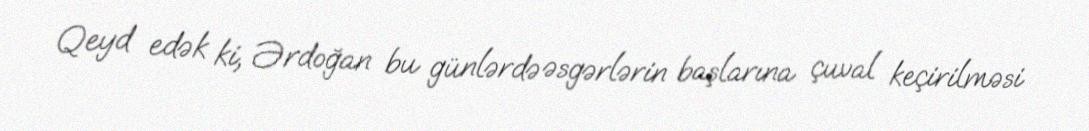
Qeyd edək ki, Ərdoğan bu günlərdə əsgərlərin başlarına çuval keçirilməsi